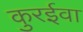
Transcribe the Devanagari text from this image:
कुरईवा